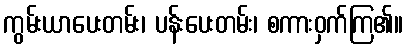
ကွမ်းယာပေးတမ်း၊ ပန်းပေးတမ်း၊ စကားဝှက်ကြ၏။